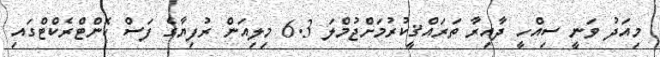
މިއަދު ވަނީ ސިއްހީ ދާއިރާ ތަރައްޤީކުރުމަށްޖުމްލަ 6.3 މިލިއަން ރުފިޔާގެ ފަސް ކޮންޓްރެކްޓްގައި